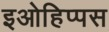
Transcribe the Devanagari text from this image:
इओहिप्पस